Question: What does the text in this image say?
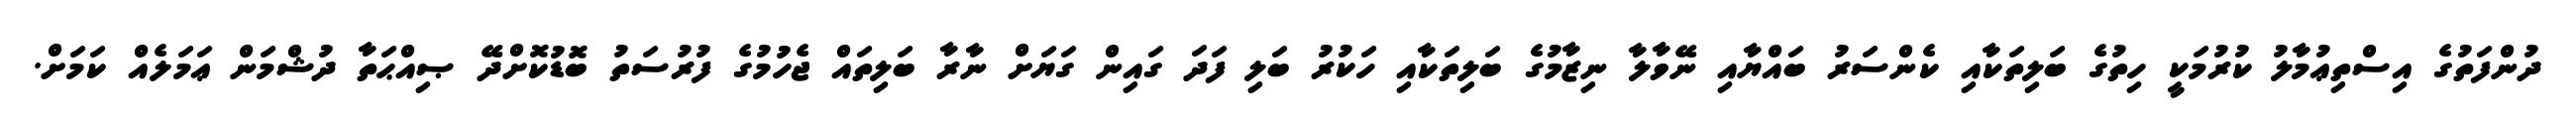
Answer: ދުންފަތުގެ އިސްތިޢުމާލު ކުރުމަކީ ހިތުގެ ބަލިތަކާއި ކެންސަރު ބައްޔާއި ނޭވާލާ ނިޒާމުގެ ބަލިތަކާއި ހަކުރު ބަލި ފަދަ ގައިން ގަޔަށް ނާރާ ބަލިތައް ޖެހުމުގެ ފުރުސަތު ބޮޑުކޮށްދޭ ޞިއްޙަތާ ދުޝްމަން ޢަމަލެއް ކަމަށް.